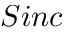
S i n c